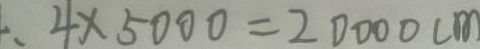
、 4 \times 5 0 0 0 = 2 0 0 0 0 c m